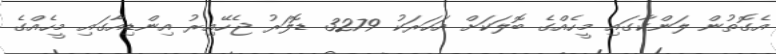
އެގޮތުން ލަންކާގައި މީހެއްގެ ބޮލަކަށް އަހަރަކު 3279 ޑޮލަރު ޖެހޭއިރު އިންޑިއާގައި މީހެއްގެ